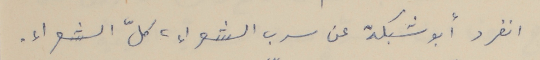
انفرد أبو شيكة عن سرب الشعراء، كلّ الشعراء .